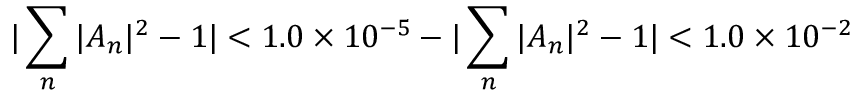
| \sum _ { n } | A _ { n } | ^ { 2 } - 1 | < 1 . 0 \times 1 0 ^ { - 5 } - | \sum _ { n } | A _ { n } | ^ { 2 } - 1 | < 1 . 0 \times 1 0 ^ { - 2 }